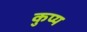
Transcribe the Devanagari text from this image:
कुप्य